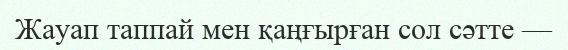
Жауап таппай мен қаңғырған сол сәтте —